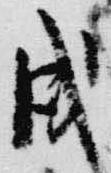
戌